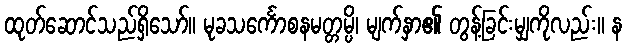
ထုတ်ဆောင်သည်ရှိသော်။ မုခသင်္ကောစနမတ္တမ္ပိ၊ မျက်နှာ၏ တွန့်ခြင်းမျှကိုလည်း။ န